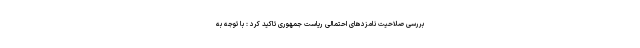
بررسی صلاحیت نامزدهای احتمالی ریاست جمهوری تاکید کرد : با توجه به